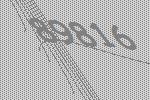
89816